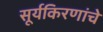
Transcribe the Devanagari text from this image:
सूर्यकिरणांचे